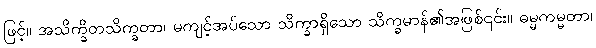
ဖြင့်။ အသိက္ခိတသိက္ခတာ၊ မကျင့်အပ်သော သိက္ခာရှိသော သိက္ခမာန်၏အဖြစ်၎င်း။ ဓမ္မကမ္မတာ၊